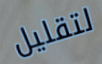
لتقليل